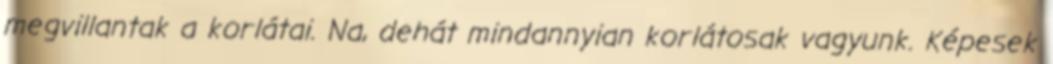
megvillantak a korlátai. Na, dehát mindannyian korlátosak vagyunk. Képesek